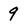
Character: 9